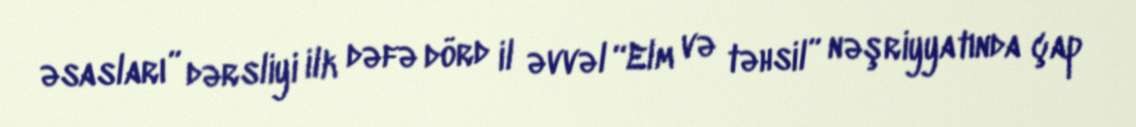
əsasları” dərsliyi ilk dəfə dörd il əvvəl “Elm və təhsil” nəşriyyatında çap